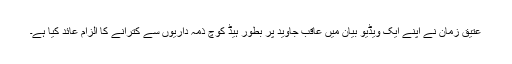
عتیق زمان نے اپنے ایک ویڈیو بیان میں عاقب جاوید پر بطور ہیڈ کوچ ذمہ داریوں سے کترانے کا الزام عائد کیا ہے۔